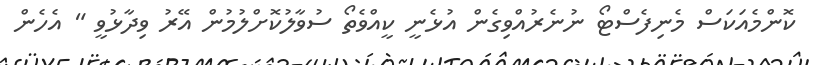
ކޮންމެއަކަސް މެނިފެސްޓޯ ނުނެރުއްވިގެން އުޅެނީ ކީއްވެތޯ ސުވާލުކޮށްލުމުން އޭރު ވިދާޅުވީ " އެހެން